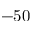
- 5 0